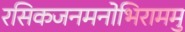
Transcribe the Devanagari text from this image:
रसिकजनमनोभिराममु